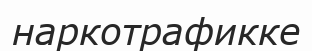
наркотрафикке